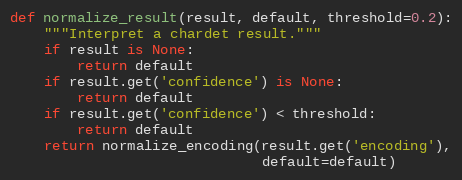
Language: Python
def normalize_result(result, default, threshold=0.2):
    """Interpret a chardet result."""
    if result is None:
        return default
    if result.get('confidence') is None:
        return default
    if result.get('confidence') < threshold:
        return default
    return normalize_encoding(result.get('encoding'),
                              default=default)